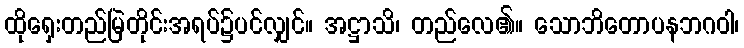
ထိုရှေးတည်မြဲတိုင်းအရပ်၌ပင်လျှင်။ အဋ္ဌာသိ၊ တည်လေ၏။ သောဘိတောပနဘဂဝါ၊